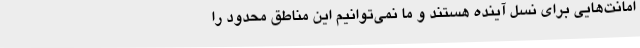
امانت‌هایی برای نسل آینده هستند و ما نمی‌توانیم این مناطق محدود را